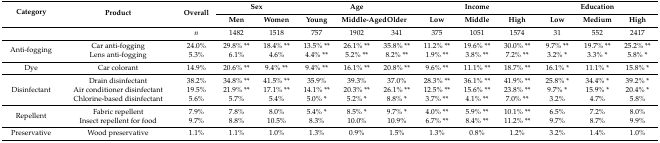
<table><thead><tr><td rowspan="2"><b>Category</b></td><td rowspan="2"><b>Product</b></td><td rowspan="2"><b>Overall</b></td><td colspan="2"><b>Sex</b></td><td colspan="3"><b>Age</b></td><td colspan="3"><b>Income</b></td><td colspan="3"><b>Education</b></td></tr><tr><td><b>Men</b></td><td><b>Women</b></td><td><b>Young</b></td><td><b>Middle-Aged</b></td><td><b>Older</b></td><td><b>Low</b></td><td><b>Middle</b></td><td><b>High</b></td><td><b>Low</b></td><td><b>Medium</b></td><td><b>High</b></td></tr></thead><tbody><tr><td></td><td></td><td><i>n</i></td><td>1482</td><td>1518</td><td>757</td><td>1902</td><td>341</td><td>375</td><td>1051</td><td>1574</td><td>31</td><td>552</td><td>2417</td></tr><tr><td rowspan="2">Anti-fogging</td><td>Car anti-fogging</td><td>24.0%</td><td>29.8% **</td><td>18.4% **</td><td>13.5% **</td><td>26.1% **</td><td>35.8% **</td><td>11.2% **</td><td>19.6% **</td><td>30.0% **</td><td>9.7% **</td><td>19.7% **</td><td>25.2% **</td></tr><tr><td>Lens anti-fogging</td><td>5.3%</td><td>6.1%</td><td>4.6%</td><td>4.4% **</td><td>5.2% **</td><td>8.2% **</td><td>1.9% **</td><td>3.8% **</td><td>7.2% **</td><td>3.2% *</td><td>3.3% *</td><td>5.8% *</td></tr><tr><td>Dye</td><td>Car colorant</td><td>14.9%</td><td>20.6% **</td><td>9.4% **</td><td>9.4% **</td><td>16.1% **</td><td>20.8% **</td><td>9.6% **</td><td>11.1% **</td><td>18.7% **</td><td>16.1% *</td><td>11.1% *</td><td>15.8% *</td></tr><tr><td rowspan="3">Disinfectant</td><td>Drain disinfectant</td><td>38.2%</td><td>34.8% **</td><td>41.5% **</td><td>35.9%</td><td>39.3%</td><td>37.0%</td><td>28.3% **</td><td>36.1% **</td><td>41.9% **</td><td>25.8% *</td><td>34.4% *</td><td>39.2% *</td></tr><tr><td>Air conditioner disinfectant</td><td>19.5%</td><td>21.9% **</td><td>17.1% **</td><td>14.1% **</td><td>20.3% **</td><td>26.1% **</td><td>12.5% **</td><td>15.6% **</td><td>23.8% **</td><td>9.7% *</td><td>15.9% *</td><td>20.4% *</td></tr><tr><td>Chlorine-based disinfectant</td><td>5.6%</td><td>5.7%</td><td>5.4%</td><td>5.0% *</td><td>5.2% *</td><td>8.8% *</td><td>3.7% **</td><td>4.1% **</td><td>7.0% **</td><td>3.2%</td><td>4.7%</td><td>5.8%</td></tr><tr><td rowspan="2">Repellent</td><td>Fabric repellent</td><td>7.9%</td><td>7.8%</td><td>8.0%</td><td>5.4% *</td><td>8.5% *</td><td>9.7% *</td><td>4.0% **</td><td>5.9% **</td><td>10.1% **</td><td>6.5%</td><td>7.2%</td><td>8.0%</td></tr><tr><td>Insect repellent for food</td><td>9.7%</td><td>8.8%</td><td>10.5%</td><td>8.3%</td><td>10.0%</td><td>10.9%</td><td>6.7% **</td><td>8.4% **</td><td>11.2% **</td><td>9.7%</td><td>8.7%</td><td>9.9%</td></tr><tr><td>Preservative</td><td>Wood preservative</td><td>1.1%</td><td>1.1%</td><td>1.0%</td><td>1.3%</td><td>0.9%</td><td>1.5%</td><td>1.3%</td><td>0.8%</td><td>1.2%</td><td>3.2%</td><td>1.4%</td><td>1.0%</td></tr></tbody></table>